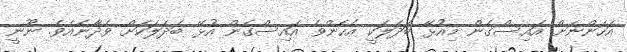
އަހަންނަށް އައިސްގެން މިއުޅޭ ބަދަލަކީ އެހެންވެ އައިސްގެން އުޅޭ ބަދަލަކަށް ވެދާނެއެވެ. ނޫނީ